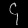
Digit: ၄